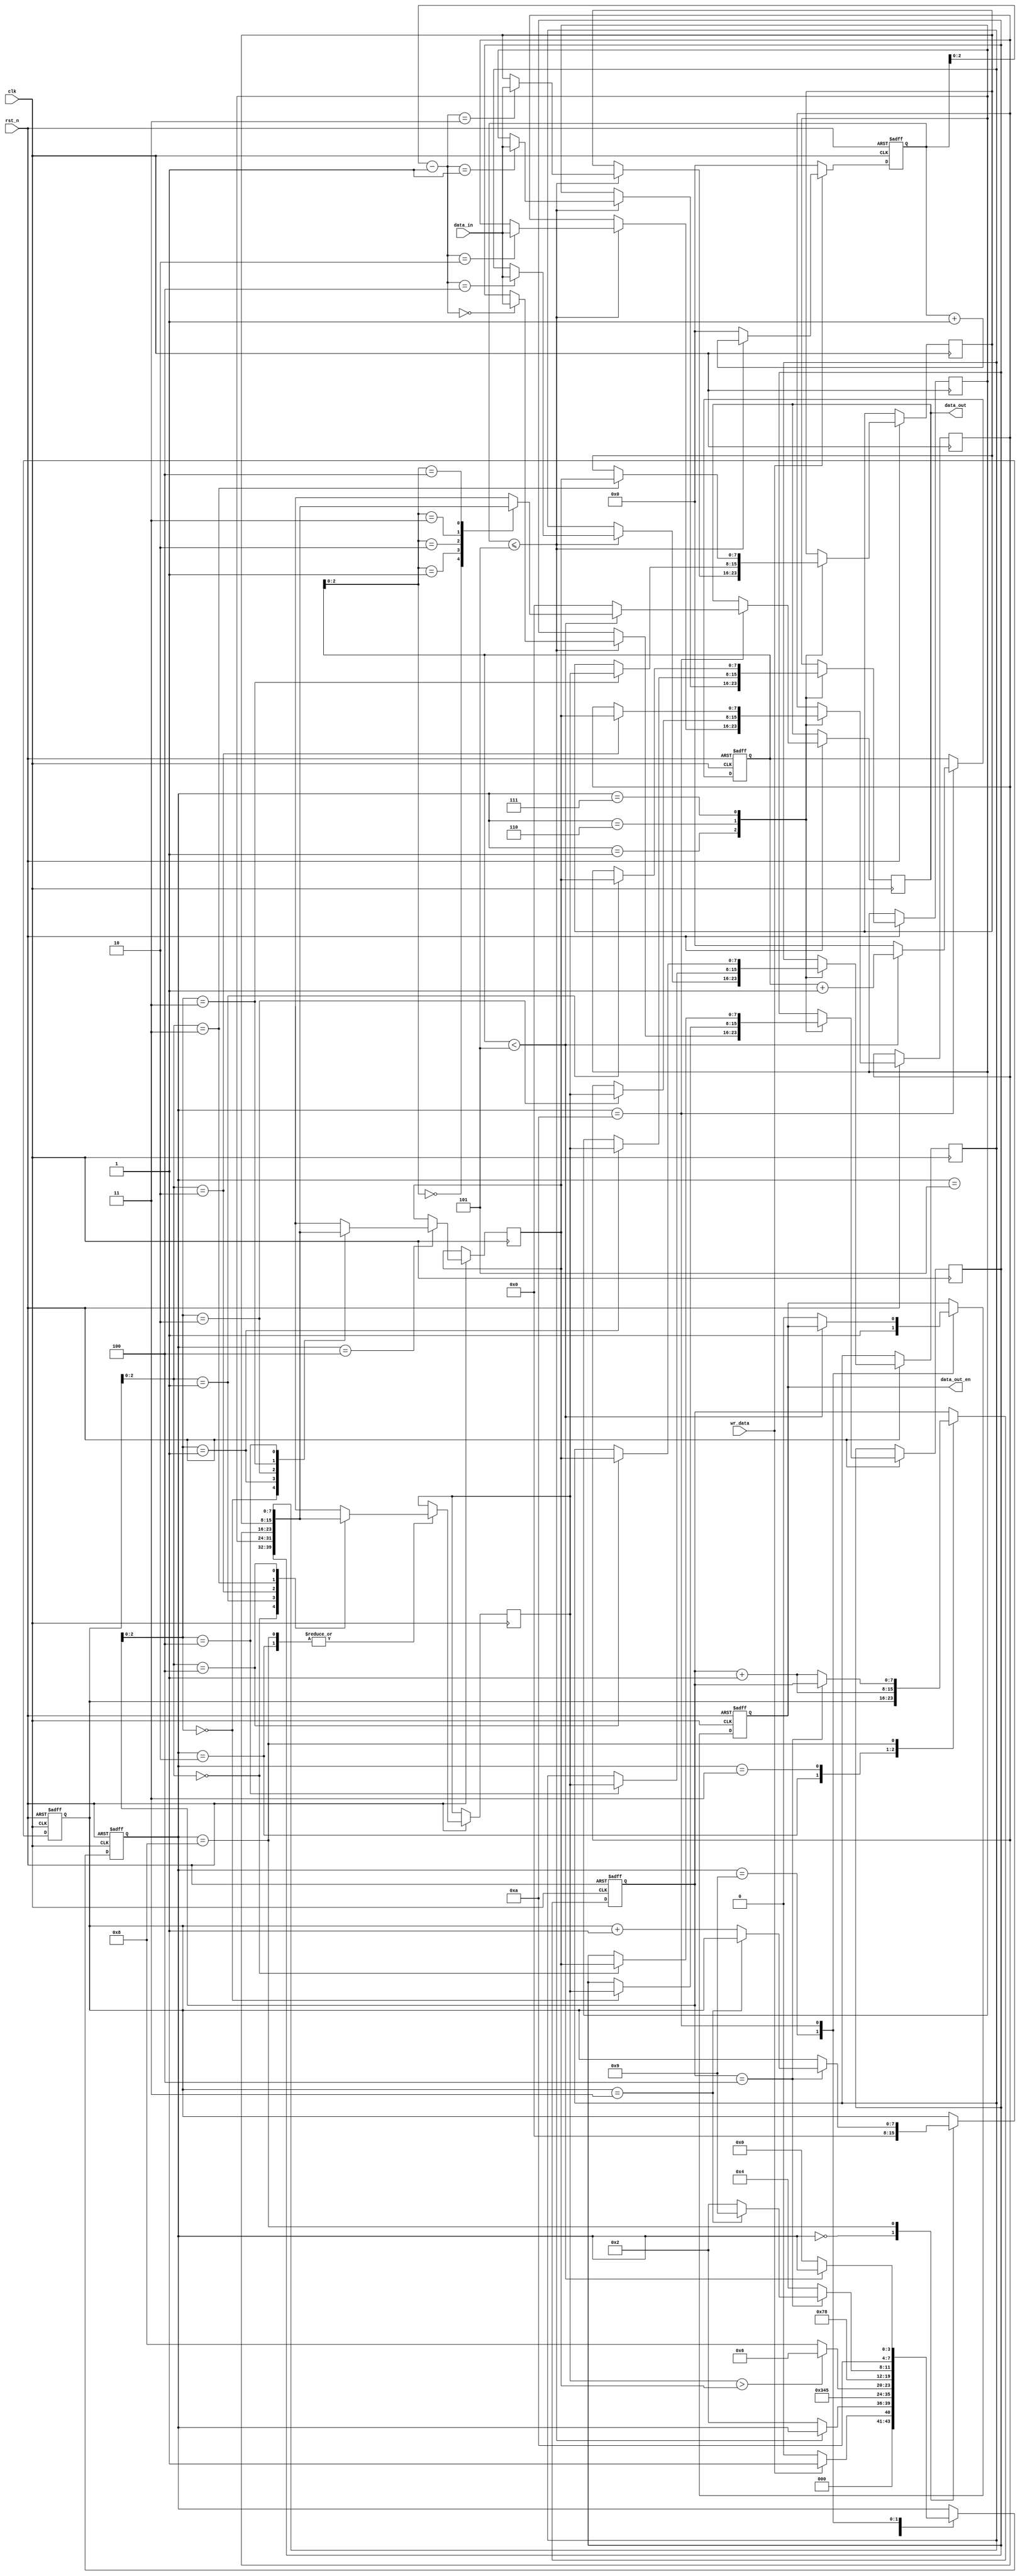
/* 
**** knR0~Rk-1,
**** 
----------------------
for i=0 to k-2 do
	A = Ri;
	for j=i+1 to k-1 do 
		B = Rj;
		if B < A then
			Ri = B;
			Rj = A;
			A = Ri;
		end if;
	end for
end for 
----------------------------------
*
* (2^K) N
*/
module sort_2
#(	
	parameter N = 8,
	parameter K = 5
)
(
	
	input clk,
	input rst_n,
	input  [N-1:0] data_in,
	input wr_data,
	
	output reg [N-1:0] data_out,
	output reg data_out_en

);

parameter s0 = 4'd0;
parameter s1 = 4'd1;
parameter s2 = 4'd2;
parameter s3 = 4'd3;
parameter s4 = 4'd4;
parameter s5 = 4'd5;
parameter s6 = 4'd6;
parameter s7 = 4'd7;
parameter s8 = 4'd8;
parameter s9 = 4'd9;
parameter s10 = 4'd10;
reg [3:0]state;
reg rev_flag;



reg [N-1: 0] i;
reg [N-1: 0] j;

reg [N-1: 0] A;
reg [N-1: 0] B;
 
reg [N-1: 0] DATA_IN[K-1:0];
reg [K-1: 0] data_num; 
reg [K-1 : 0] out_num;
reg wr_done;
reg sort_done;
always @(posedge clk or negedge rst_n) begin
	if(!rst_n) begin
		data_num <= 0;
	end 
	else if(wr_data) begin 
		if(data_num <= K ) begin
			data_num <= data_num + 1;
		end
		else 
			data_num <=0;
	end 
	else begin
		data_num <= 0;
	end 
end 
always @(posedge clk or negedge rst_n) begin
	if(!rst_n) begin
		wr_done <=0;
		i <= 0;
		j <= 0;
		sort_done <= 0;
		state <= s0;
		out_num <=0;
		data_out_en <=0;
	end
	else begin
		case (state)
	
			s0:	begin
				
				if(wr_data) begin
					sort_done <= 0;
					state <= s1;
				end 
				else begin
					state <= s0; 
				end 
				i <= 0;
			
			end
			s1: begin
					if(data_num <= K)begin 
					DATA_IN[data_num-1] <= data_in;
					wr_done <= 0;					
				end 
				else begin
					state <= s2;
					wr_done <= 1;
				end 	
			end
			s2: begin
					A <= DATA_IN[i];
					j <= i;
					state <= s3;		
			end 
			s3: begin
				j <= j+1;
				state <= s4;
			end 
			s4: begin
				B <= DATA_IN[j];
				state <= s5;
			end
			s5: begin
				if(A > B)
					state <= s6;
				else 
					state <= s8;
			end 
			s6: begin
				DATA_IN[j] <= A;
				state <= s7;
			end 
			s7: begin
				DATA_IN[i] <= B;
				state <= s8;
			end
			s8: begin
				A <= DATA_IN[i] ;
				if(j == K-1) begin
					if(i == K-2) begin
						state <= s9;
					end 
					else begin
						i <= i+1;
						state <= s2;
					end 
				end 
				else begin
					j <= j+1;
					state <= s4;
				end 
				
			end
			s9: begin
				sort_done <= 1;
				data_out_en<=1;
				state <= 10;
			end 
			s10: begin
				
				if(out_num < K) begin
					data_out <= DATA_IN[out_num];
					out_num <= out_num +1;
				end 
				else begin
					data_out_en <=0;
					out_num <= 0;
					data_out <= 0;
					state <= s0;
				end 
			end 
		endcase 
	end 
end

 
endmodule